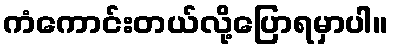
ကံကောင်းတယ်လို့ပြောရမှာပါ။